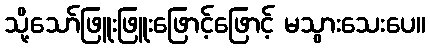
သို့သော်ဖြူးဖြူးဖြောင့်ဖြောင့် မသွားသေးပေ။